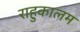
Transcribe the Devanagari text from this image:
राहुकालम